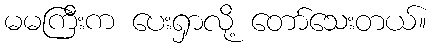
မမကြီးက ပေးရှာလို့ တော်သေးတယ်။